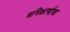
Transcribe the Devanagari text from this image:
अभिकर्त्याचा